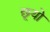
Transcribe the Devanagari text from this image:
छूयो